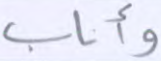
وأناب